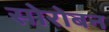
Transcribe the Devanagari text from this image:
सोरोबन